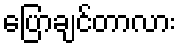
ပြောချင်တာလား